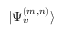
| \Psi _ { v } ^ { ( m , n ) } \rangle